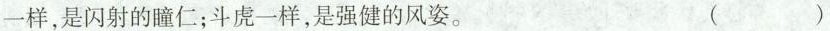
一样，是闪射的瞳仁；斗虑一样，是强健的风姿。